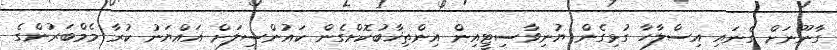
ގާނޫނަށް ގެނައި އިސްލާހާ ގުޅިގެން ޔުނިވާސިޓީއިން އިންތިޚާބުކޮށްގެން ކައުންސިލަށް އައްޔަނު ކުރާ މެމްބަރުންގެ